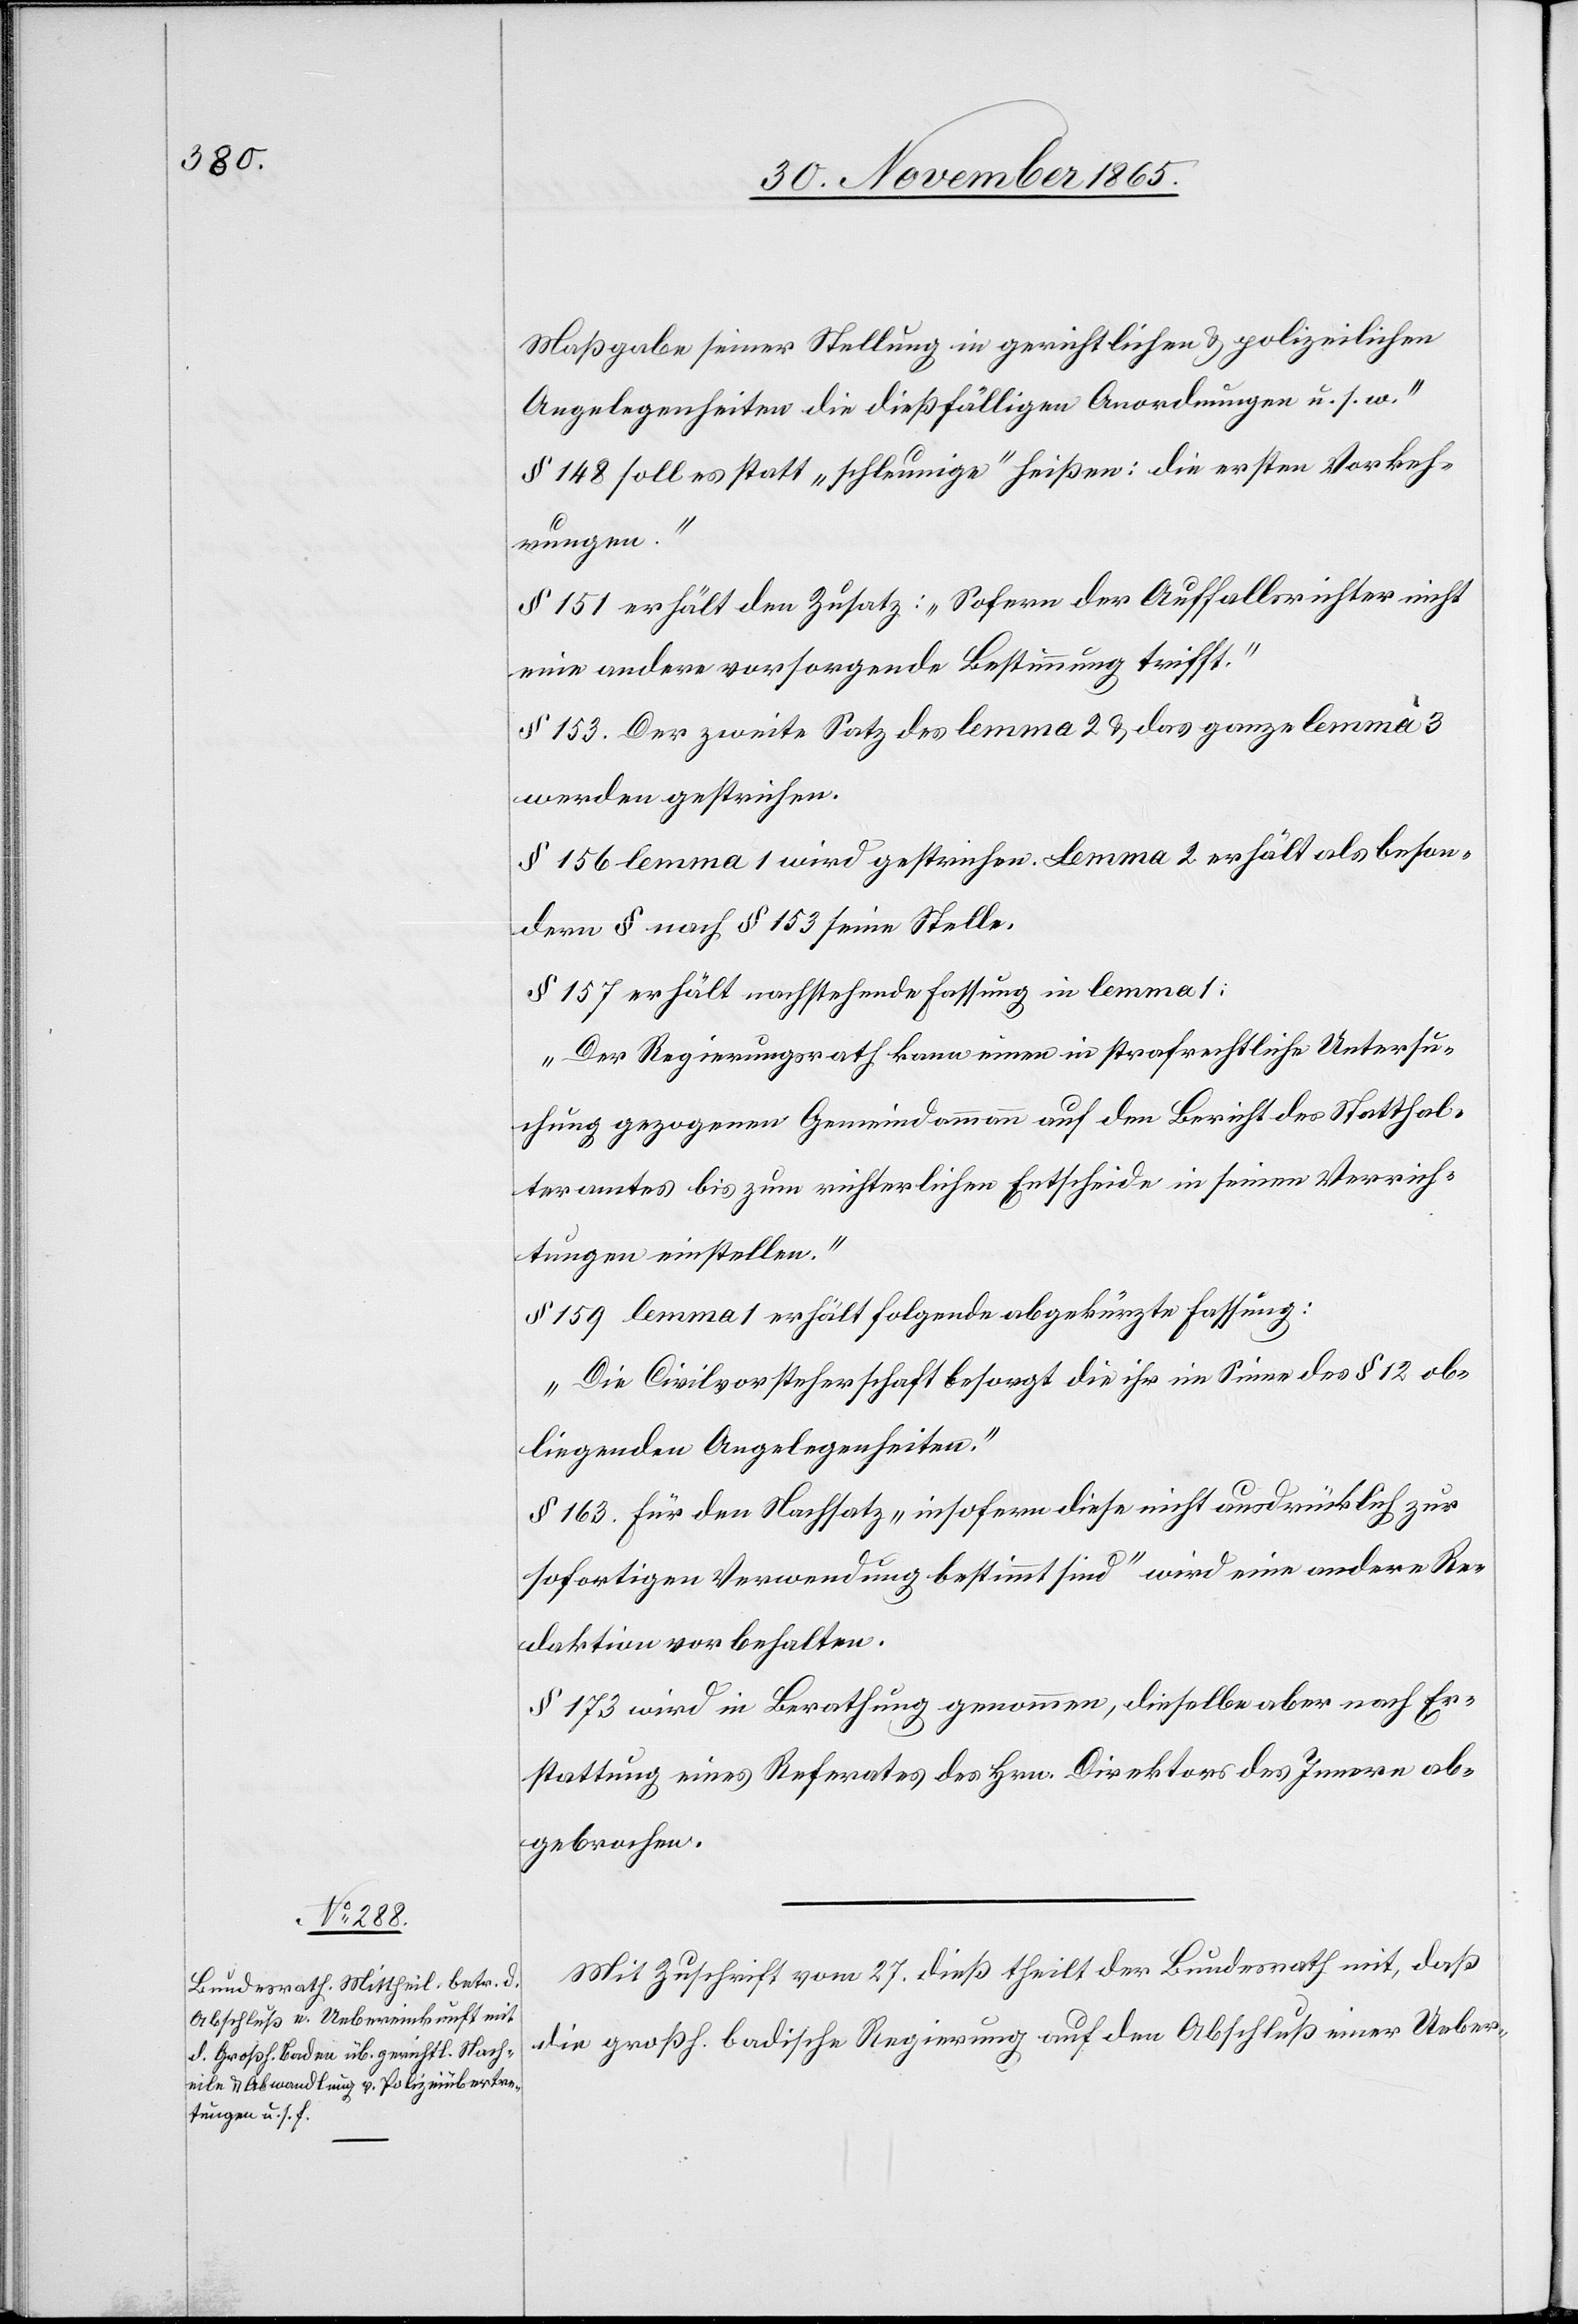
Maßgabe seiner Stellung in gerichtlichen & polizeilichen
Angelegenheiten die dießfälligen Anordnungen u. s. w.“
§ 148 soll es statt „schleunige“ heißen: [„]die ersten Vorkeh¬
rungen.“
§ 151 erhält den Zusatz: „Sofern der Auffallsrichter nicht
eine andere vorsorgende Bestimmung trifft.“
§ 153. Der zweite Satz des lemma 2 & das ganze lemma 3
werden gestrichen.
§ 156 lemma 1 wird gestrichen. Lemma 2 erhält als beson¬
dern § nach § 153 seine Stelle.
§ 157 erhält nachstehende Fassung in lemma 1:
„Der Regierungsrath kann einen in strafrechtliche Untersu¬
chung gezogenen Gemeindeammann auf den Bericht des Statthal¬
teramtes bis zum richterlichen Entscheide in seinen Verrich¬
tungen einstellen.“
§ 159 lemma 1 erhält folgende abgekürzte Fassung:
„Die Civilvorsteherschaft besorgt die ihr im Sinne des § 12 ob¬
liegenden Angelegenheiten.“
§ 163. Für den Nachsatz „insofern diese nicht ausdrücklich zur
sofortigen Verwendung bestimmt sind“ wird eine andere Re¬
daktion vorbehalten.
§ 173 wird in Berathung genommen, dieselbe aber nach Er¬
stattung eines Referates des Hrn. Direktors des Innern ab¬
gebrochen.
Mit Zuschrift vom 27. dieß theilt der Bundesrath mit, daß
die großh. badische Regierung auf den Abschluß einer Ueber-